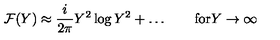
{ \cal F } ( Y ) \approx \frac { i } { 2 \pi } Y ^ { 2 } \log { Y ^ { 2 } } + \ldots \qquad \mathrm { f o r } Y \to \infty